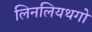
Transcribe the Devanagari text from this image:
लिनलियथगो